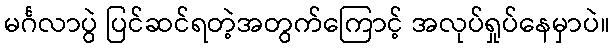
မင်္ဂလာပွဲ ပြင်ဆင်ရတဲ့အတွက်ကြောင့် အလုပ်ရှုပ်နေမှာပဲ။